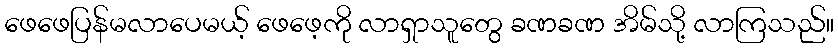
ဖေဖေပြန်မလာပေမယ့် ဖေဖေ့ကို လာရှာသူတွေ ခဏခဏ အိမ်သို့ လာကြသည်။